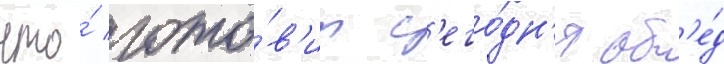
что́ гото́в'ит с'его́дн'я об'е́д